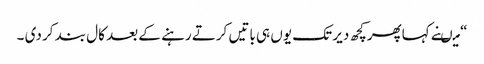
“ میںنے کہاپھرکچھ دیر تک یوں ہی باتیں کرتے رہنے کے بعد کال بند کر دی ۔